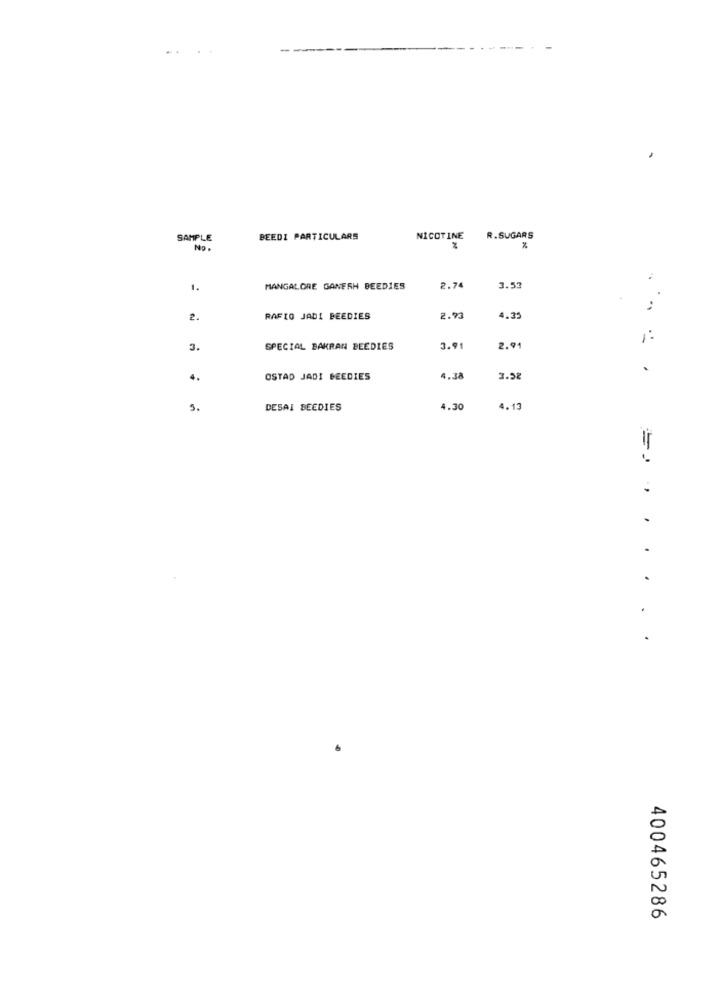
-
SAMPLE
BEEDI PARTICULARS
NICOTINE
R.SUGARS
No.
%
1.
MANGALORE GANESH BEEDIES
2.74
3.53
...
2.
RAFIO JADI BEEDIES
2.93
4.35
1:
3.
SPECIAL BAKRAN BEEDIES
3.91
2.91
.
4.
OSTAD JADI BEEDIES
4.38
3.58
9.
DESAI BEEDIES
4.30
4.13
=. ......
400465286